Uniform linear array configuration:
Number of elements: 16
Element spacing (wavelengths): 0.5
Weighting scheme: hann
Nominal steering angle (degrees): -45
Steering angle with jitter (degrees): -43.059
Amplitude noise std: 0.05
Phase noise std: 0.05

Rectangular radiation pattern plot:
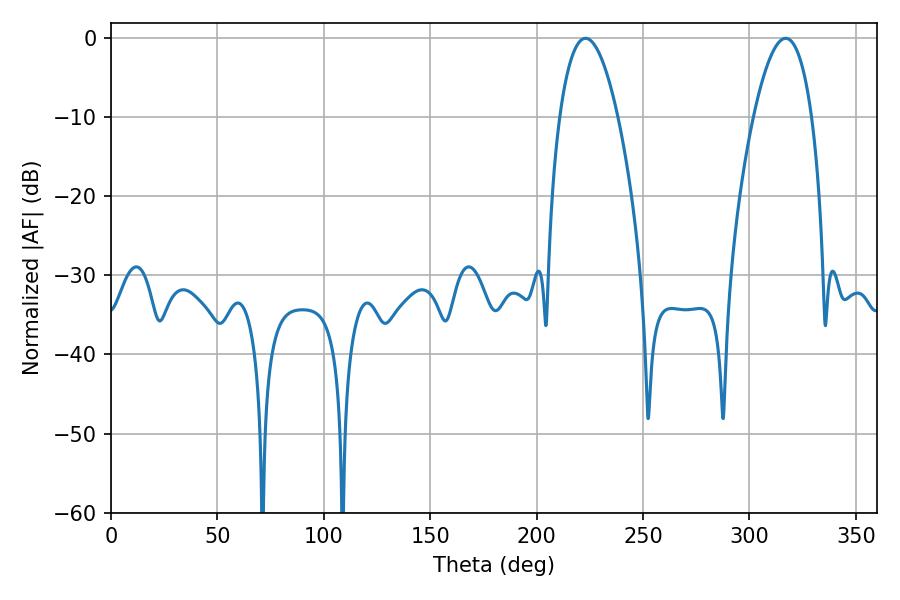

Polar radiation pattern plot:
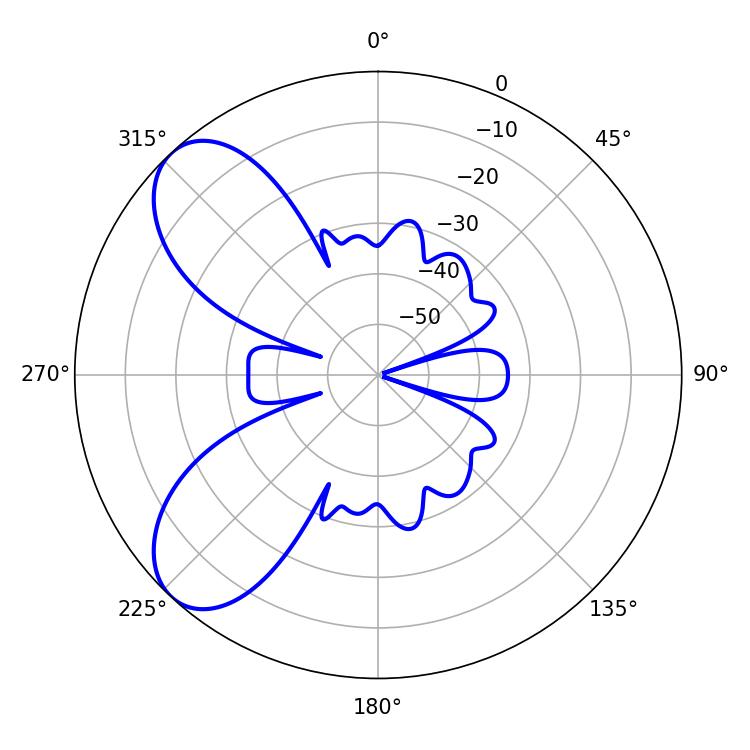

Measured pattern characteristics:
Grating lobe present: FALSE
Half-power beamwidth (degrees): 15.12
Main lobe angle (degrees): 223.02